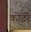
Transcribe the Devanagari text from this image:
कोटरें